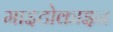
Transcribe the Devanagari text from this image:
माइटोकाइन